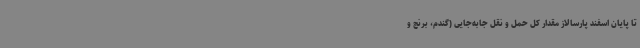
تا پایان اسفند پارسالاز مقدار کل حمل و نقل جابه‌جایی (گندم، برنج و